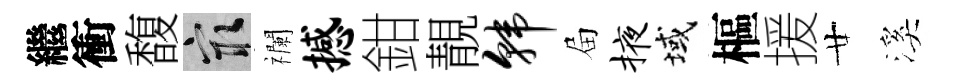
繼衝馥冣襴撼鉗靚韩屇掖域樞援廿溪